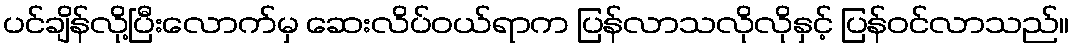
ပင်ချိန်လို့ပြီးလောက်မှ ဆေးလိပ်ဝယ်ရာက ပြန်လာသလိုလိုနှင့် ပြန်ဝင်လာသည်။